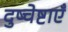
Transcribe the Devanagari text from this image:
दुष्चेष्टाएँ